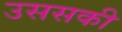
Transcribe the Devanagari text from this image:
उससकी